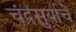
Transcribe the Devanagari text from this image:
चंद्रसुर्याचे